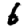
Digit: 6